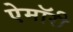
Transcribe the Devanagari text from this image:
ऐमॉरी